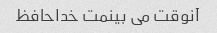
آنوقت می بینمت خداحافظ